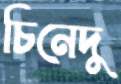
চিনেদু